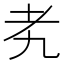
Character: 𬚉